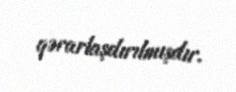
qərarlaşdırılmışdır.